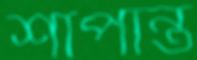
শাপান্ত